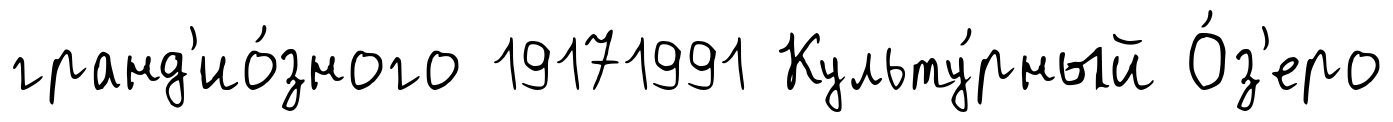
гранд'ио́зного 19171991 Культу́рный О́з'еро